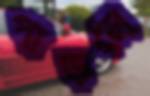
পাড়লে